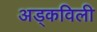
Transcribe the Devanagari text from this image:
अड्कविली